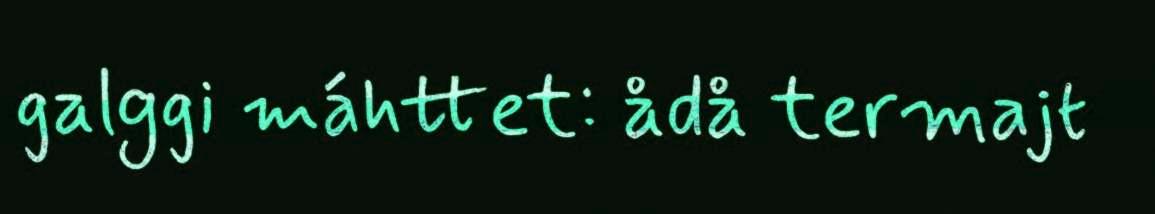
galggi máhttet: ådå termajt